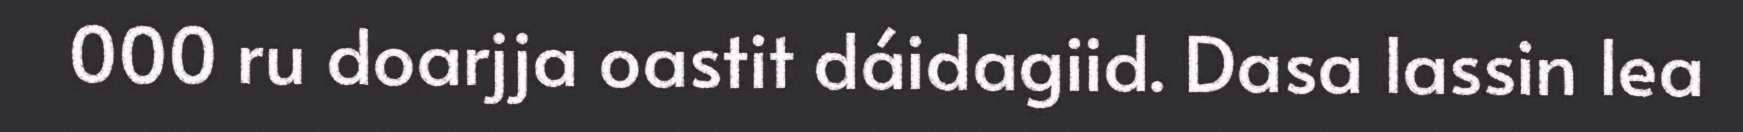
000 ru doarjja oastit dáidagiid. Dasa lassin lea